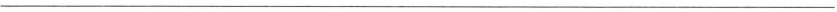
___